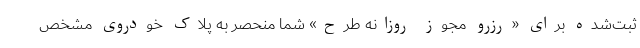
ثبت‌شده برای «رزرو مجوز روزانه طرح» شما منحصر به پلاک خودروی مشخص